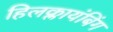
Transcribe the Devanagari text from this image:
हिलक्लायंबिंग